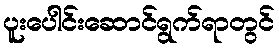
ပူးပေါင်းဆောင်ရွက်ရာတွင်